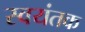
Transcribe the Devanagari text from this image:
स्‍वयंतक